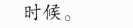
时候。